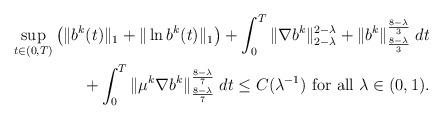
LaTeX: \begin{align*}\sup_{t\in (0,T)} \left( \|b^k(t)\|_1 + \|\ln b^k(t)\|_1\right)+ \int_0^T \|\nabla b^k\|_{2-\lambda}^{2-\lambda} + \|b^k\|_{\frac{8-\lambda}{3}}^{\frac{8-\lambda}{3}} \; dt\\+ \int_0^T \|\mu^k \nabla b^k\|_{\frac{8-\lambda}{7}}^{\frac{8-\lambda}{7}} \; dt\le C(\lambda^{-1})\textrm{ for all } \lambda \in (0,1).\end{align*}